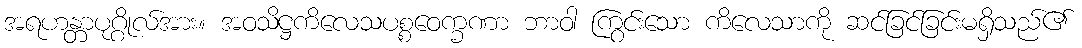
အရဟန္တာပုဂ္ဂိုလ်အား။ အဝသိဋ္ဌကိလေသပစ္စဝေက္ခဏာ ဘာဝါ ကြွင်းသော ကိလေသာကို ဆင်ခြင်ခြင်းမရှိသည်၏